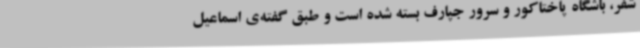
شفر، باشگاه پاختاکور و سرور جپارف بسته شده است و طبق گفته‌ی اسماعیل